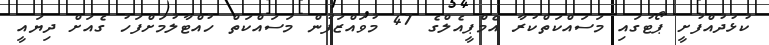
ކުޅުދުއްފުށީ ޕޯޓުގައި މަސައްކަތްކުރާ އެމްޕީއެލްގެ 47 މުވައްޒަފުން މަސައްކަތް ހުއްޓާލުމަށްފަހު ގެއަށް ދިޔައީ